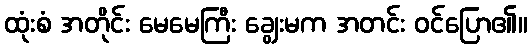
ထုံးစံ အတိုင်း မေမေကြီး ချွေးမက အတင်း ဝင်ပြော၏။